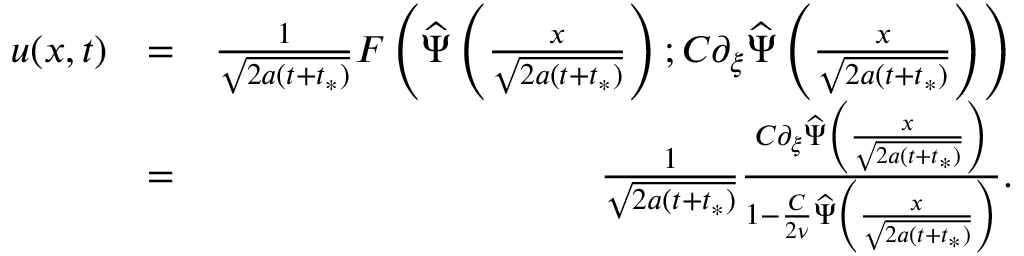
\begin{array} { r l r } { u ( x , t ) } & { = } & { \frac { 1 } { \sqrt { 2 a ( t + t _ { * } ) } } F \left( \widehat { \Psi } \left( \frac { x } { \sqrt { 2 a ( t + t _ { * } ) } } \right) ; C \partial _ { \xi } \widehat { \Psi } \left( \frac { x } { \sqrt { 2 a ( t + t _ { * } ) } } \right) \right) } \\ & { = } & { \frac { 1 } { \sqrt { 2 a ( t + t _ { * } ) } } \frac { C \partial _ { \xi } \widehat { \Psi } \left( \frac { x } { \sqrt { 2 a ( t + t _ { * } ) } } \right) } { 1 - \frac { C } { 2 \nu } \widehat { \Psi } \left( \frac { x } { \sqrt { 2 a ( t + t _ { * } ) } } \right) } . } \end{array}